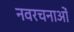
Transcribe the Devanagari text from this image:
नवरचनाओं